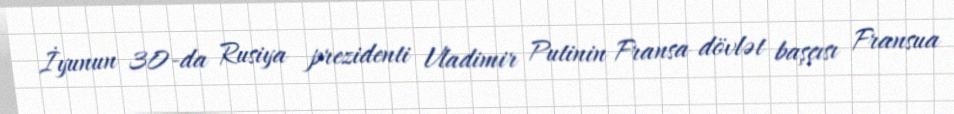
İyunun 30-da Rusiya prezidenti Vladimir Putinin Fransa dövlət başçısı Fransua